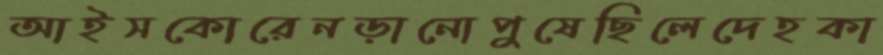
আইসকোরেনড়ানোপুষেছিলেদেহকা